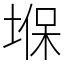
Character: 堢